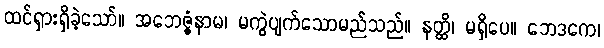
ထင်ရှားရှိခဲ့သော်။ အဘေဇ္ဇံနာမ၊ မကွဲပျက်သောမည်သည်။ နတ္ထိ၊ မရှိပေ။ ဘေဒကေ၊